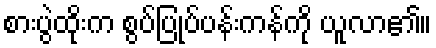
စားပွဲထိုးက စွပ်ပြုပ်ပန်းကန်ကို ယူလာ၏။